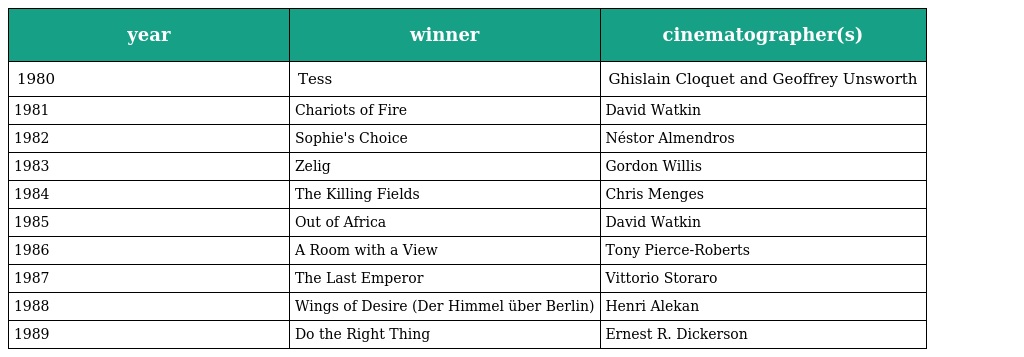
| year | winner | cinematographer(s) |
 | --- | --- | --- |
 | 1980 | Tess | Ghislain Cloquet and Geoffrey Unsworth |
 | 1981 | Chariots of Fire | David Watkin |
 | 1982 | Sophie's Choice | Néstor Almendros |
 | 1983 | Zelig | Gordon Willis |
 | 1984 | The Killing Fields | Chris Menges |
 | 1985 | Out of Africa | David Watkin |
 | 1986 | A Room with a View | Tony Pierce-Roberts |
 | 1987 | The Last Emperor | Vittorio Storaro |
 | 1988 | Wings of Desire (Der Himmel über Berlin) | Henri Alekan |
 | 1989 | Do the Right Thing | Ernest R. Dickerson |